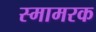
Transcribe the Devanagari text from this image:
स्मामरक